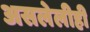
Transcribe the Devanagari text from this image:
असलेलीही